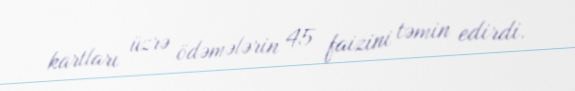
kartları üzrə ödəmələrin 45 faizini təmin edirdi.